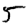
Digit: 5